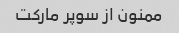
ممنون از سوپر مارکت